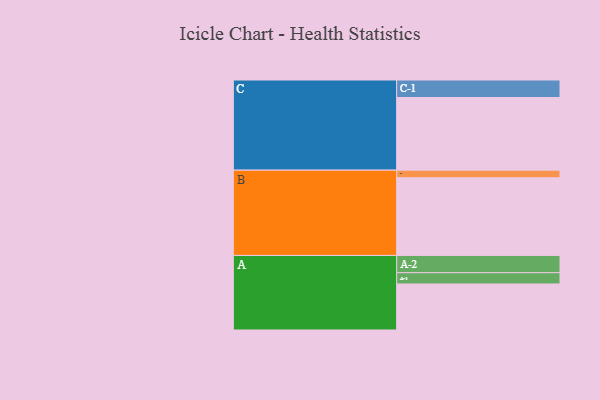
{"axis": {"x": "Segment", "y": "Value"}, "legend": ["", "A", "B", "C"], "data": [{"x": "A", "y": 339, "type": ""}, {"x": "B", "y": 572, "type": ""}, {"x": "C", "y": 535, "type": ""}, {"x": "A-1", "y": 83, "type": "A"}, {"x": "A-2", "y": 127, "type": "A"}, {"x": "B-1", "y": 56, "type": "B"}, {"x": "C-1", "y": 129, "type": "C"}]}